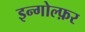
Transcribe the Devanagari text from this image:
इन्गोल्फ़र